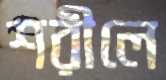
শরীলে